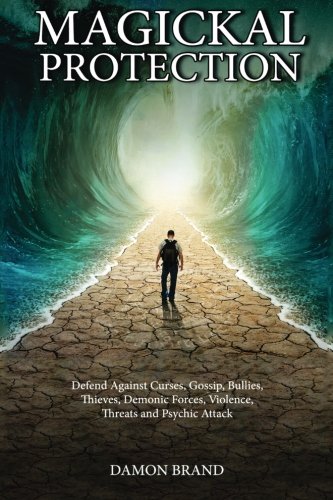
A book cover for Magickal Protection: Defend Against Curses, Gossip, Bullies, Thieves, Demonic Forces, Violence, Threats and Psychic Attack; Damon Brand; Religion & Spirituality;